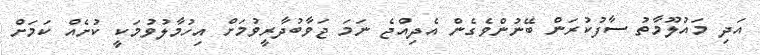
އަދި މައުލޫމާތު ސާފުކުރަން ބޭނުންވެގެން އެދިއްޖެ ނަމަ ޖަވާބުދާރީވުމަށް އިހުމާލުވުމަކީ ކުށެއް ކަމަށް